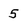
Character: 5